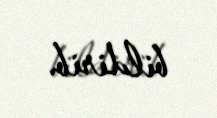
bildirib.